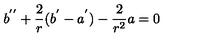
b ^ { ' ^ { \prime } } + \frac { 2 } { r } ( b ^ { ' } - a ^ { ' } ) - \frac { 2 } { r ^ { 2 } } a = 0